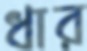
ধার